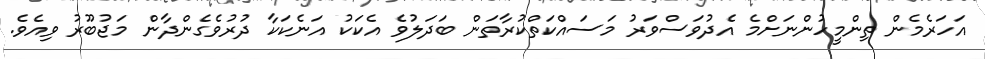
އަހަރެމެން ތިންމީހުންނަށްމެ އެދުވަސްވަރު މަސައްކަތްކުރާތަން ބަދަލުވެ އެކަކު އަނެކަކާ ދުރުވެގެންދާން މަޖުބޫރު ވިއެވެ.